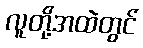
လူတို့အထဲတွင်